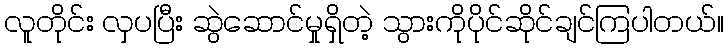
လူတိုင်း လှပပြီး ဆွဲဆောင်မှုရှိတဲ့ သွားကိုပိုင်ဆိုင်ချင်ကြပါတယ်။